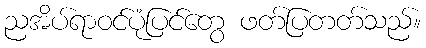
ညအိပ်ရာဝင်ပုံပြင်တွေ ဖတ်ပြတတ်သည်။